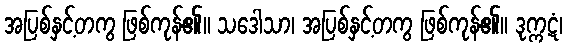
အပြစ်နှင့်တကွ ဖြစ်ကုန်၏။ သဒေါသာ၊ အပြစ်နှင့်တကွ ဖြစ်ကုန်၏။ ဒုက္ကဋံ၊